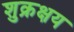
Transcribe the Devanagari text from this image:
शुक्रक्षय